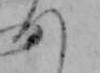
つ